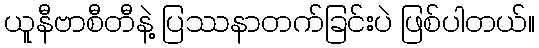
ယူနီဗာစီတီနဲ့ ပြဿနာတက်ခြင်းပဲ ဖြစ်ပါတယ်။